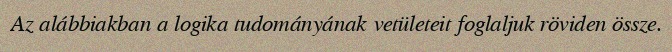
Az alábbiakban a logika tudományának vetületeit foglaljuk röviden össze.